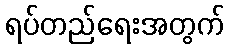
ရပ်တည်ရေးအတွက်